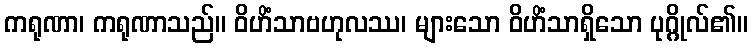
ကရုဏာ၊ ကရုဏာသည်။ ဝိဟိံသာဗဟုလဿ၊ များသော ဝိဟိံသာရှိသော ပုဂ္ဂိုလ်၏။